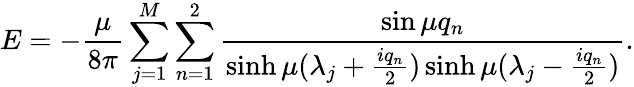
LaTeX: E=-{\frac{\mu}{8\pi}}\sum_{j=1}^{M}\sum_{n=1}^{2}{\frac{\sin\mu q_{n}}{\sinh\mu(\lambda_{j}+{\frac{iq_{n}}{2}})\sinh\mu(\lambda_{j}-{\frac{iq_{n}}{2}})}}.